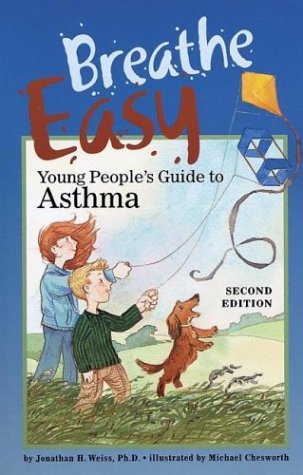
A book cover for Breathe Easy: Young People's Guide to Asthma; Jonathan H. Weiss; Health, Fitness & Dieting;